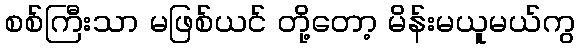
စစ်ကြီးသာ မဖြစ်ယင် တို့တော့ မိန်းမယူမယ်ကွ